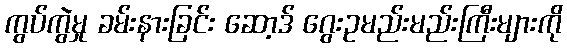
ကွပ်ကွဲမှု ခမ်းနားခြင်း ဆော့ဒ် ဂွေးဥမည်းမည်းကြီးများကို